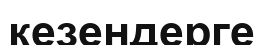
кезендерге